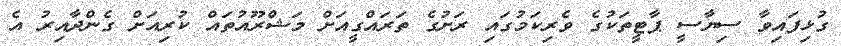
ގުޅިފައިވާ ސިޔާސީ ޕާޓީތަކުގެ ވެރިކަމުގައި ރަށުގެ ތަރައްގީއަށް މަޝްރޫއުތައް ކުރިއަށް ގެންދާއިރު އެ